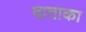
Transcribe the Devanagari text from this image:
दाताका